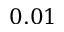
0 . 0 1